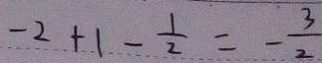
- 2 + 1 - \frac { 1 } { 2 } = - \frac { 3 } { 2 }